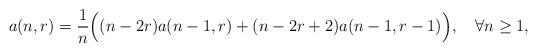
LaTeX: \begin{align*}a(n,r) = {1\over n}\Bigl((n-2r) a(n-1,r) + (n-2r+2)a(n-1,r-1)\Bigr),\quad \forall n\geq1,\end{align*}